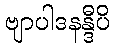
ဗျာပါဒနန္ဒီပိ